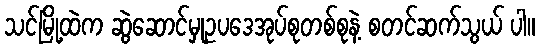
သင်မြို့ထဲက ဆွဲဆောင်မှုဥပဒေအုပ်စုတစ်စုနဲ့ စတင်ဆက်သွယ် ပါ။